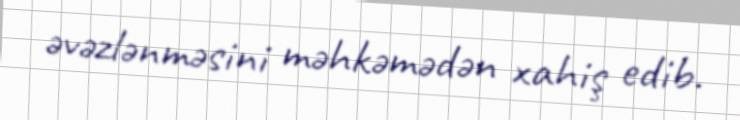
əvəzlənməsini məhkəmədən xahiş edib.